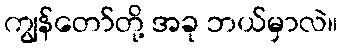
ကျွန်တော်တို့ အခု ဘယ်မှာလဲ။